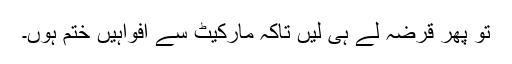
تو پھر قرضہ لے ہی لیں تاکہ مارکیٹ سے افواہیں ختم ہوں۔